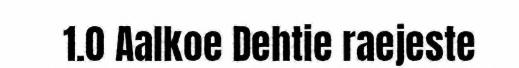
1.0 Aalkoe Dehtie raejeste